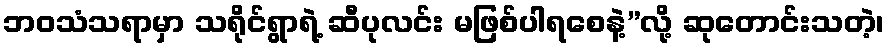
ဘဝသံသရာမှာ သရိုင်ရွာရဲ့ ဆီပုလင်း မဖြစ်ပါရစေနဲ့”လို့ ဆုတောင်းသတဲ့၊